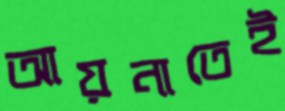
আয়নাতেই